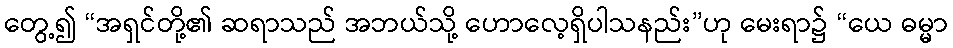
တွေ့၍ “အရှင်တို့၏ ဆရာသည် အဘယ်သို့ ဟောလေ့ရှိပါသနည်း”ဟု မေးရာ၌ “ယေ ဓမ္မာ